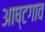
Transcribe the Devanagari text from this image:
आष्टगाव